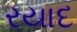
રયાદ